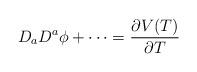
LaTeX: \begin{align*}D_aD^a\phi+\cdots=\frac{\partial V(T)}{\partial T}\end{align*}